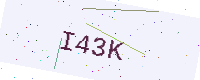
Text: I43K